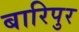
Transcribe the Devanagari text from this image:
बारिपुर